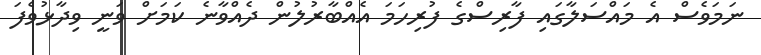
ނަމަވެސް އެ މައްސަލާގައި ފާރިސްގެ ފުރިހަމަ އެއްބާރުލުން ދެއްވާނެ ކަމަށް ވަނީ ވިދާޅުވެފަ